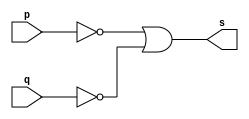
// -- PUC Minas - Instituto de Ciencias Exatas e Informatica
// -- Ciencia da Computacao - Professor Theldo Cruz
// Nome: ANA CRISTINA PEREIRA TEIXEIRA

// 04 - Construir a tabela_verdade para a porta NAND com 2 entradas
// Obs - Usar na definicao do modulo a propriedade de Morgan

// Exercicio0004 - nand - de morgan 

// --------------------- 
// -- nand gate 
// --------------------- 
module nandgate (output s, input p, input q);
	assign s = ~p | ~q; // vinculo permanente
endmodule // nand

// --------------------- 
// -- test nandgate 
// --------------------- 
module testnandgate;
	// ------------------------- dados locais
	reg a, b; // definir registrador
	wire s; // definir conexao (fio)
	
	// ------------------------- instancia
	nandgate NAND1 (s, a, b);
	
	// ------------------------- preparacao
	initial begin:start
		a = 0;
		b = 0;
	end
	
	// ------------------------- parte principal
	initial begin:main
		$display("Exercicio 0004 - ANA CRISTINA - 427385");
		$display("Test nand gate");
		$display("\n ~a | ~b = s\n");
		
		$monitor("~%b | ~%b = %b", a, b, s);
		#1 a = 0; b = 0;
		#1 a = 0; b = 1;
		#1 a = 1; b = 0;
		#1 a = 1; b = 1;
	end
endmodule // testnandgate

// -- Testes
// Exercicio 0004 - ANA CRISTINA - 427385
// Test nand gate
// ~a | ~b = s
// ~0 | ~0 = 1
// ~0 | ~1 = 1
// ~1 | ~0 = 1
// ~1 | ~1 = 0